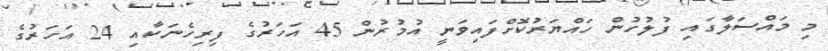
މި މައްސަލާގައި ފުލުހުން ހައްޔަރުކޮށްފައިވަނީ އުމުުރުން 45 އަހަރުގެ ފިރިހެނަކާއި 24 އަހަރުގެ